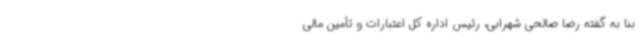
بنا به گفته رضا صالحی شهرابی، رئیس اداره کل اعتبارات و تأمین مالی